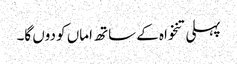
پہلی تنخواہ کے ساتھ اماں کو دوں گا۔